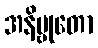
အနိဗ္ဗုတော